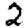
Digit: 2